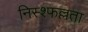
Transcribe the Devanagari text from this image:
निस्श्फल्लता